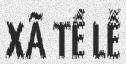
XÃ TỀ LỄ